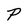
Character: P